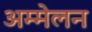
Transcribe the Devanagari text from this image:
अम्मेलन